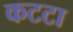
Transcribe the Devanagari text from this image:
कटटा